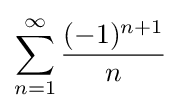
\sum _{n=1}^{\infty }{\frac {(-1)^{n+1}}{n}}